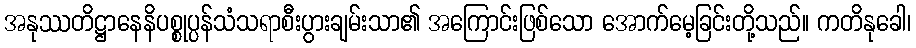
အနုဿတိဋ္ဌာနေနိပစ္စုပ္ပန်သံသရာစီးပွားချမ်းသာ၏ အကြောင်းဖြစ်သော အောက်မေ့ခြင်းတို့သည်။ ကတိနုခေါ၊